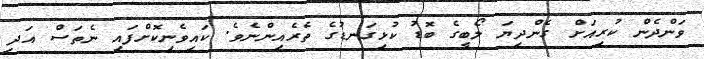
ވަންދެން ކުރިއަށް ގެންދިޔަ ލޯބީގެ ބޮޑު ކުޅިގަނޑުގެ ތެރެއިންނެވެ. ކައިވެނިކޮށްފައި ނެތަސް އަދި